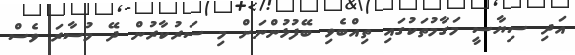
އަދި ސިޔާސީ މަގާމުތަކުގައި ތިއްބެވި ބޭފުޅުންނަށް މި ސަރުކާރުން ދޭ މުސާރަ ވެސް